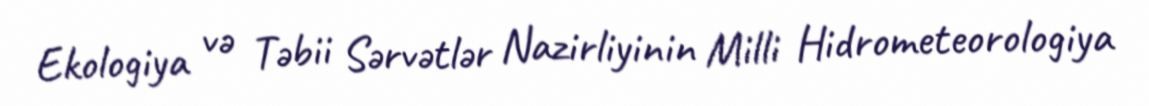
Ekologiya və Təbii Sərvətlər Nazirliyinin Milli Hidrometeorologiya